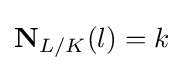
\mathbf {N} _{L/K}(l)=k